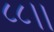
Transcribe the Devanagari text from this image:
८८।।